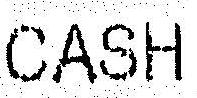
0.00